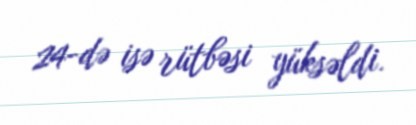
24-də isə rütbəsi yüksəldi.